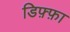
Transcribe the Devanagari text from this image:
डिफ़्फ़ा